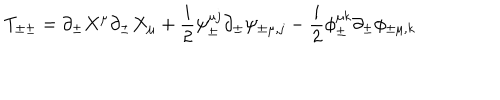
T _ { \pm \pm } = \partial _ { \pm } X ^ { \mu } \partial _ { \pm } X _ { \mu } + \frac { i } { 2 } { \psi } _ { \pm } ^ { \mu j } \partial _ { \pm } \psi _ { \pm \mu , j } - \frac { i } { 2 } { \phi } _ { \pm } ^ { \mu k } \partial _ { \pm } \phi _ { \pm \mu , k }